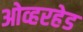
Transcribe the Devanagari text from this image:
ओव्हरहेड